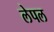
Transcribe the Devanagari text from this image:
लेपल